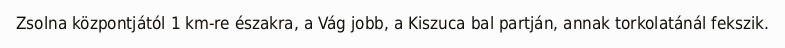
Zsolna központjától 1 km-re északra, a Vág jobb, a Kiszuca bal partján, annak torkolatánál fekszik.